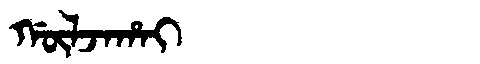
Manchu: ᡤᡡᠯᠵᠠᡥᠠᡳ
Romanization: GŪLJAHAI